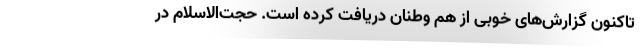
تاکنون گزارش‌های خوبی از هم وطنان دریافت کرده است. حجت‌الاسلام در